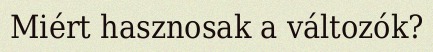
Miért hasznosak a változók?